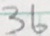
3 6